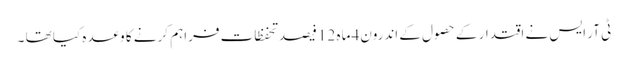
ٹی آر ایس نے اقتدار کے حصول کے اندرون4 ماہ 12 فیصد تحفظات فراہم کرنے کا وعدہ کیا تھا ۔